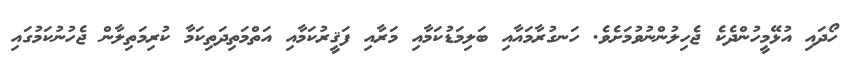
ހޯދައި އުޅޭމީހުންދެކެ ޖެހިލުންނުވުމަށެވެ. ހަނގުރާމައާއި ބަލިމަޑުކަމާއި މަރާއި ފަޤީރުކަމާއި އަތްމަތިދަތިކަމާ ކުރިމަތިލާން ޖެހުނުކަމުގައި